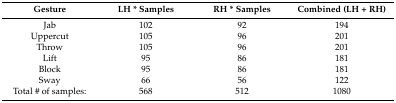
<table><thead><tr><td><b>Gesture</b></td><td><b>LH * Samples</b></td><td><b>RH * Samples</b></td><td><b>Combined (LH + RH)</b></td></tr></thead><tbody><tr><td>Jab</td><td>102</td><td>92</td><td>194</td></tr><tr><td>Uppercut</td><td>105</td><td>96</td><td>201</td></tr><tr><td>Throw</td><td>105</td><td>96</td><td>201</td></tr><tr><td>Lift</td><td>95</td><td>86</td><td>181</td></tr><tr><td>Block</td><td>95</td><td>86</td><td>181</td></tr><tr><td>Sway</td><td>66</td><td>56</td><td>122</td></tr><tr><td>Total # of samples:</td><td>568</td><td>512</td><td>1080</td></tr></tbody></table>